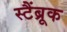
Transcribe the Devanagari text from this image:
स्टैंब्रूक